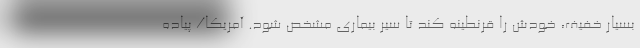
بسیار خفیف، خودش را قرنطینه کند تا سیر بیماری مشخص شود. آمریکا/ پیاده